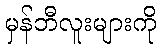
မှန်ဘီလူးများကို